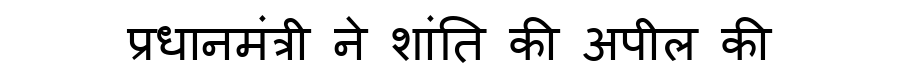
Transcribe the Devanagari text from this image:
प्रधानमंत्री ने शांति की अपील की